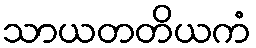
သာယတတိယကံ